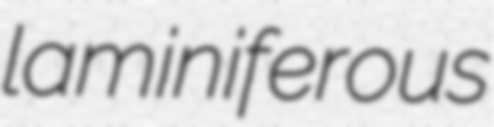
laminiferous